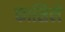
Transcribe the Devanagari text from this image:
कासिले